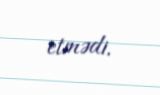
etmədi.